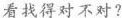
看找得对不对?